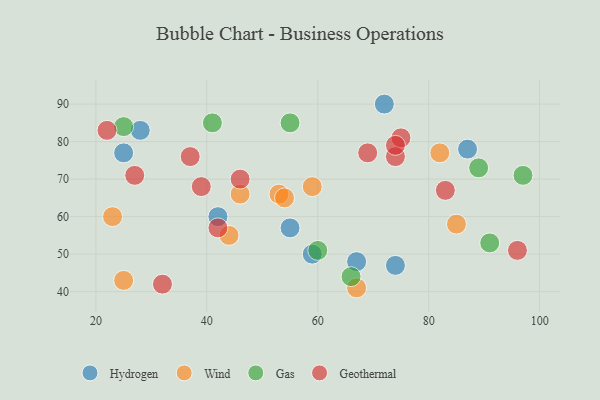
{"axis": {"x": "GDP", "y": "Life Expectancy"}, "legend": ["Gas", "Geothermal", "Hydrogen", "Wind"], "data": [{"x": "25", "y": 77, "type": "Hydrogen"}, {"x": "67", "y": 48, "type": "Hydrogen"}, {"x": "87", "y": 78, "type": "Hydrogen"}, {"x": "55", "y": 57, "type": "Hydrogen"}, {"x": "42", "y": 60, "type": "Hydrogen"}, {"x": "74", "y": 47, "type": "Hydrogen"}, {"x": "59", "y": 50, "type": "Hydrogen"}, {"x": "28", "y": 83, "type": "Hydrogen"}, {"x": "72", "y": 90, "type": "Hydrogen"}, {"x": "44", "y": 55, "type": "Wind"}, {"x": "85", "y": 58, "type": "Wind"}, {"x": "53", "y": 66, "type": "Wind"}, {"x": "23", "y": 60, "type": "Wind"}, {"x": "54", "y": 65, "type": "Wind"}, {"x": "59", "y": 68, "type": "Wind"}, {"x": "67", "y": 41, "type": "Wind"}, {"x": "46", "y": 66, "type": "Wind"}, {"x": "25", "y": 43, "type": "Wind"}, {"x": "82", "y": 77, "type": "Wind"}, {"x": "66", "y": 44, "type": "Gas"}, {"x": "89", "y": 73, "type": "Gas"}, {"x": "60", "y": 51, "type": "Gas"}, {"x": "41", "y": 85, "type": "Gas"}, {"x": "55", "y": 85, "type": "Gas"}, {"x": "91", "y": 53, "type": "Gas"}, {"x": "97", "y": 71, "type": "Gas"}, {"x": "25", "y": 84, "type": "Gas"}, {"x": "69", "y": 77, "type": "Geothermal"}, {"x": "83", "y": 67, "type": "Geothermal"}, {"x": "96", "y": 51, "type": "Geothermal"}, {"x": "39", "y": 68, "type": "Geothermal"}, {"x": "42", "y": 57, "type": "Geothermal"}, {"x": "75", "y": 81, "type": "Geothermal"}, {"x": "74", "y": 76, "type": "Geothermal"}, {"x": "22", "y": 83, "type": "Geothermal"}, {"x": "32", "y": 42, "type": "Geothermal"}, {"x": "37", "y": 76, "type": "Geothermal"}, {"x": "27", "y": 71, "type": "Geothermal"}, {"x": "74", "y": 79, "type": "Geothermal"}, {"x": "46", "y": 70, "type": "Geothermal"}]}